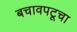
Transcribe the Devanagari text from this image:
बचावपटूचा